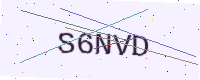
Text: S6NVD